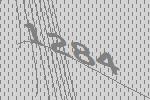
1284